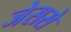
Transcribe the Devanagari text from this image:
जेससे